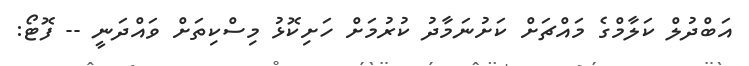
އަބްދުލް ކަލާމްގެ މައްޗަށް ކަށުނަމާދު ކުރުމަށް ހަށިކޮޅު މިސްކިތަށް ވައްދަނީ -- ފޮޓޯ: